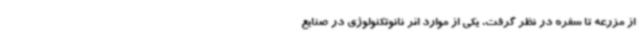
از مزرعه تا سفره در نظر گرفت. یکی از موارد اثر نانوتکنولوژی در صنایع